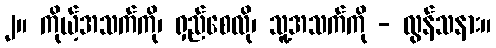
၂။ ကိုယ့်အသက်ကို၊ ရှည်စေလို၊ သူ့အသက်ကို - လွန်သနား။